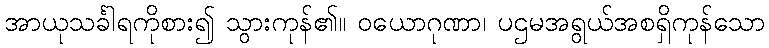
အာယုသင်္ခါရကိုစား၍ သွားကုန်၏။ ဝယောဂုဏာ၊ ပဌမအရွယ်အစရှိကုန်သော